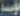
فيسة